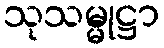
သုသမ္မုဋ္ဌာ